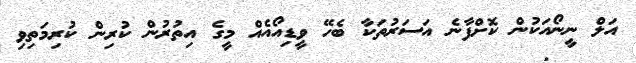
އަލް ނީނޯއަކުން ކޮށްފާނެ އަސަރުތަކާ ބެހޭ ވީޑިއޯއެއް މީގެ އިތުރުން ކުރިން ކުރިމަތިވި